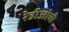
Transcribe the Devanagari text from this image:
रेडीओची